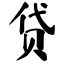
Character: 贷